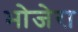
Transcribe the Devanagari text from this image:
भोजेरा